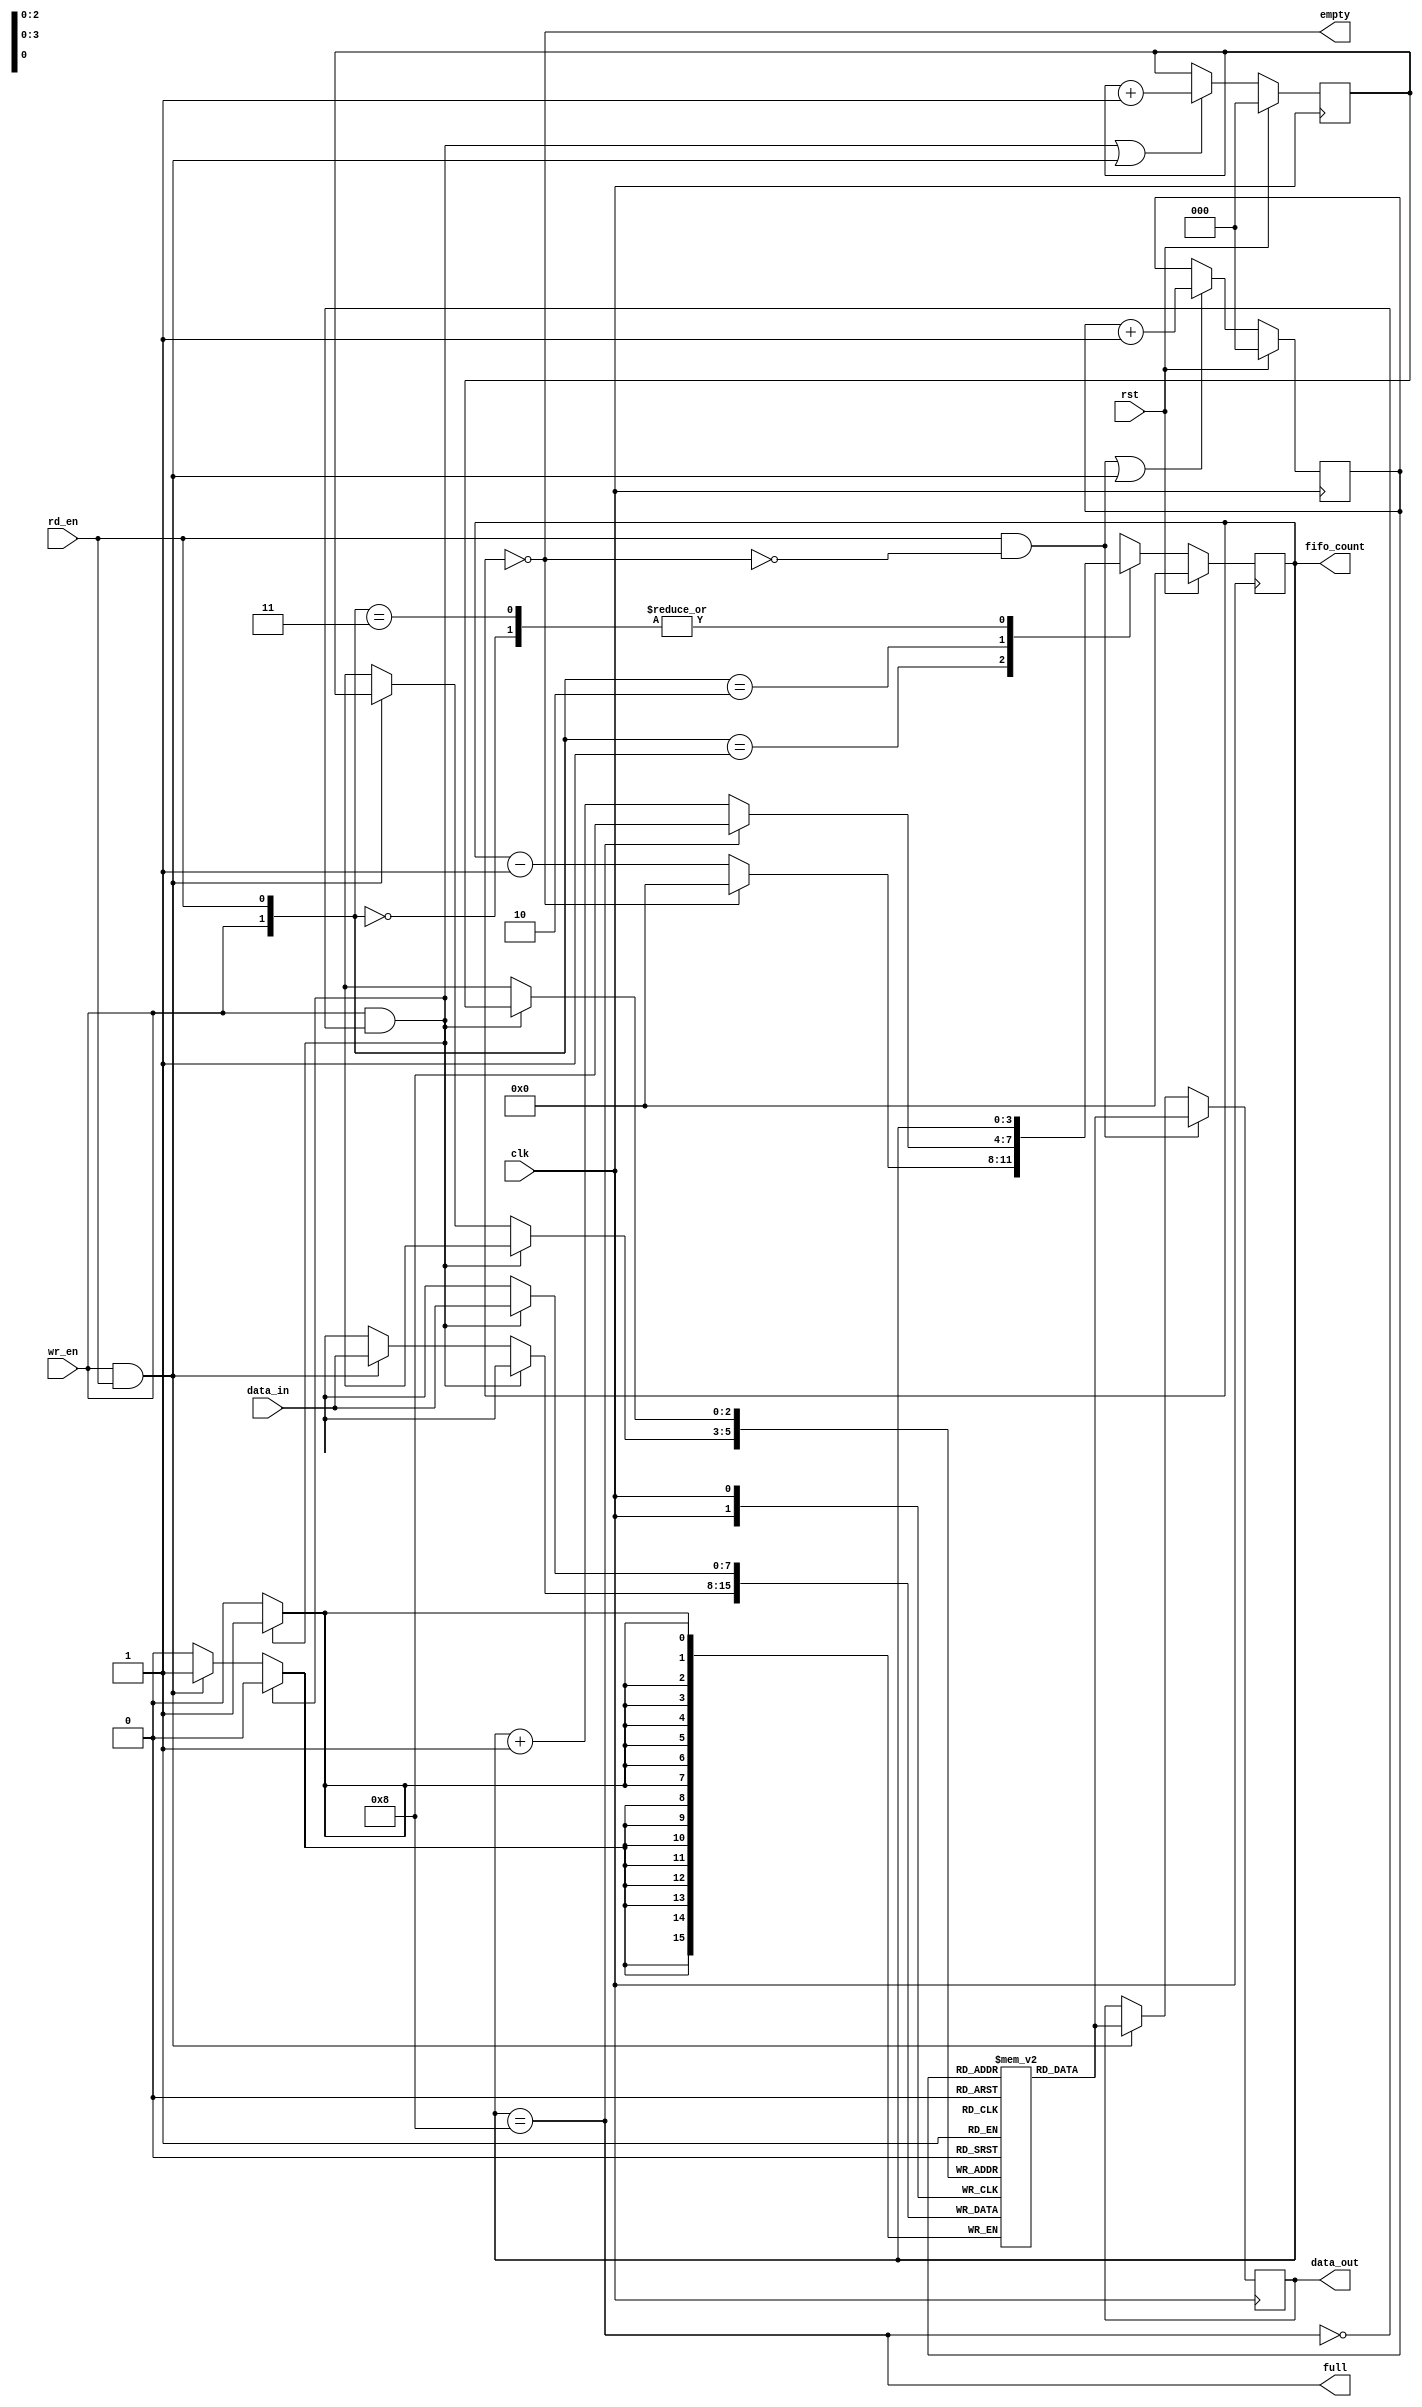
//Prajwal D Nayak.
`timescale 1ns / 1ps

module sync_fifo(data_in ,clk , rst , rd_en, wr_en, empty , full , fifo_count , data_out);
input[7:0] data_in;
input clk , rst , rd_en , wr_en;
output empty , full;
output reg [3:0]fifo_count;
output reg [7:0] data_out;

//input [WIDTH-1:0].
// Fifo_count has one additional bit actually $clog2(DEPTH) = 3 but here we need one extra bit for reperesenting the Wrap bit for FULL condition
reg [7:0] fifo_ram[0:7];  // creation of Memory
reg [2:0] rd_ptr , wr_ptr; // Pounters width of 3 bit.

//Creating empty and Full condition
assign empty = (fifo_count == 0);
assign full = (fifo_count == 8); //To represent 8 we need 4 bit so count taken as 4 bit 

//Write and Read Blocks
always@(posedge clk) begin:write
    if(wr_en && !full)
        fifo_ram[wr_ptr] <= data_in;  // if wr_en HIGH and Buffer not full we can write data in buffer
   else if(wr_en && rd_en)
        fifo_ram[wr_ptr] <=data_in;    //If both read and write enable are HIGH also we can write data  
end
 
always@(posedge clk) begin:read
    if(rd_en && !empty)
        data_out <= fifo_ram[rd_ptr];  // if wr_en HIGH and Buffer not full we can write data in buffer
   else if(wr_en && rd_en)
        data_out <= fifo_ram[rd_ptr];   //If both read and write enable are HIGH also we can write data  
end
 
 
 // Pointer Block 
 //After writing to each location it must also got to nect location by incrementing the pointer
 
 always@(posedge clk) begin:pointer
    if(rst) 
       begin
        wr_ptr <=0;
        rd_ptr<=0;
       end
    else
    begin
       wr_ptr<= ((wr_en &&!full)||(wr_en && rd_en))? wr_ptr+1 : wr_ptr;  //use conditional operator
       //write enable and not full or both enable then increment the write pointer else remain in same position
       
       rd_ptr<= ((rd_en &&!empty)||(wr_en && rd_en))? rd_ptr+1 : rd_ptr;
    end
 end
 
 
 //Fifo Counter OPeration
 always@(posedge clk) begin:count
    if(rst) fifo_count<=0;
    else begin
        case({wr_en , rd_en})
            2'b00 : fifo_count <= fifo_count;
            2'b01 : fifo_count <= (fifo_count==0) ? 0 : fifo_count-1;
            // After read operation data comes out of the Buffer thus count of data is reduced by one after read operation in FIFO
            2'b10 : fifo_count <= (fifo_count==8) ? 8 : fifo_count +1;
            //After any data written inside the Buffer the count will be increase by one thus the fifo_count increases
            2'b11 : fifo_count <= fifo_count;
            default: fifo_count <=fifo_count;
        endcase
      end
    end
 
endmodule